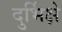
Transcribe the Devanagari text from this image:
दुर्भिक्षे